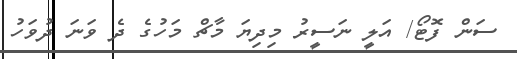
ސަން ފޮޓޯ/ އަލީ ނަސީރު މިދިޔަ މާޗް މަހުގެ ދެ ވަނަ ދުވަހު